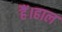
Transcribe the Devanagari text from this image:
हैं।हाल